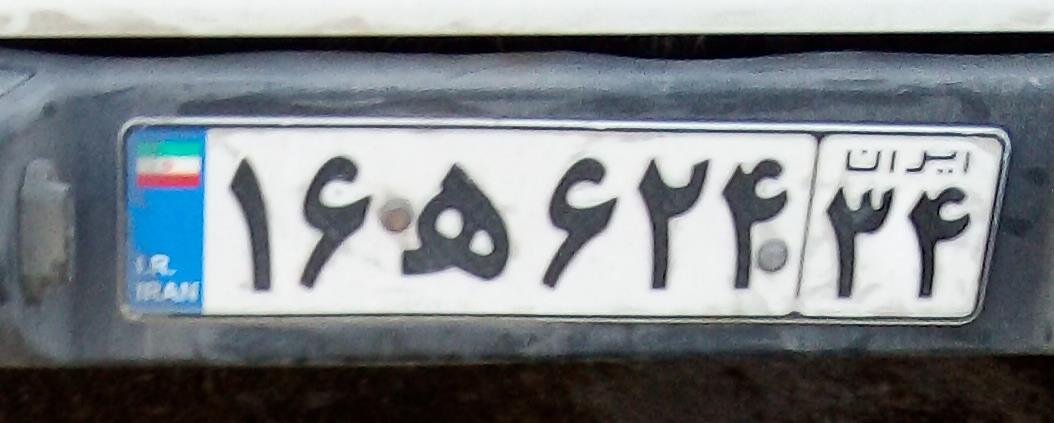
۱۶ه۶۲۴۳۴